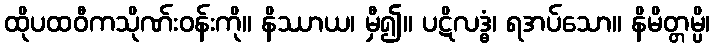
ထိုပထဝီကသိုဏ်းဝန်းကို။ နိဿာယ၊ မှီ၍။ ပဋိလဒ္ဓံ၊ ရအပ်သော။ နိမိတ္တမ္ပိ၊